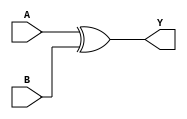
// 74x08 - Quad input XOR Gate.
module MOD_74x86_2 (
    input [0:1] A,
    input [0:1] B,
    output [0:1] Y);

assign Y = A ^ B;

endmodule

module MOD_74x86_2_SPLIT (
    input [0:1] A,
    input [0:1] B,
    output [0:1] Y);

assign Y[0] = A[0] ^ B[0];
assign Y[1] = A[1] ^ B[1];

endmodule